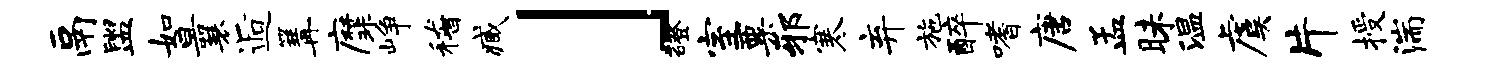
鬲盥如曩逅篝縻峥稽臧」磴室粟邪寒弃施醉嗜唐孟昧温虞片授湍